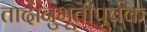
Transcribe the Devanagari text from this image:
तादानुभूतीपूर्वक